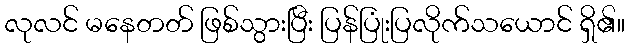
လုလင် မနေတတ် ဖြစ်သွားပြီး ပြန်ပြုံးပြလိုက်သယောင် ရှိ၏။